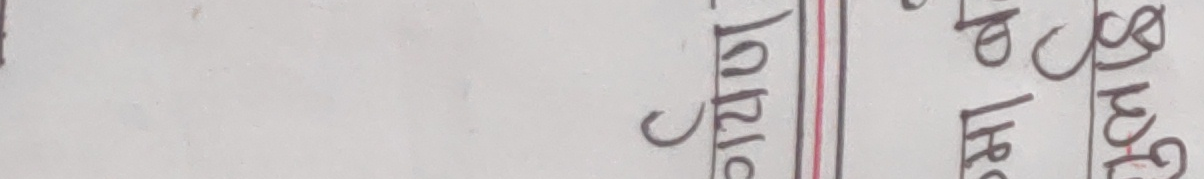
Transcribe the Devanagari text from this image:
वारीबाट